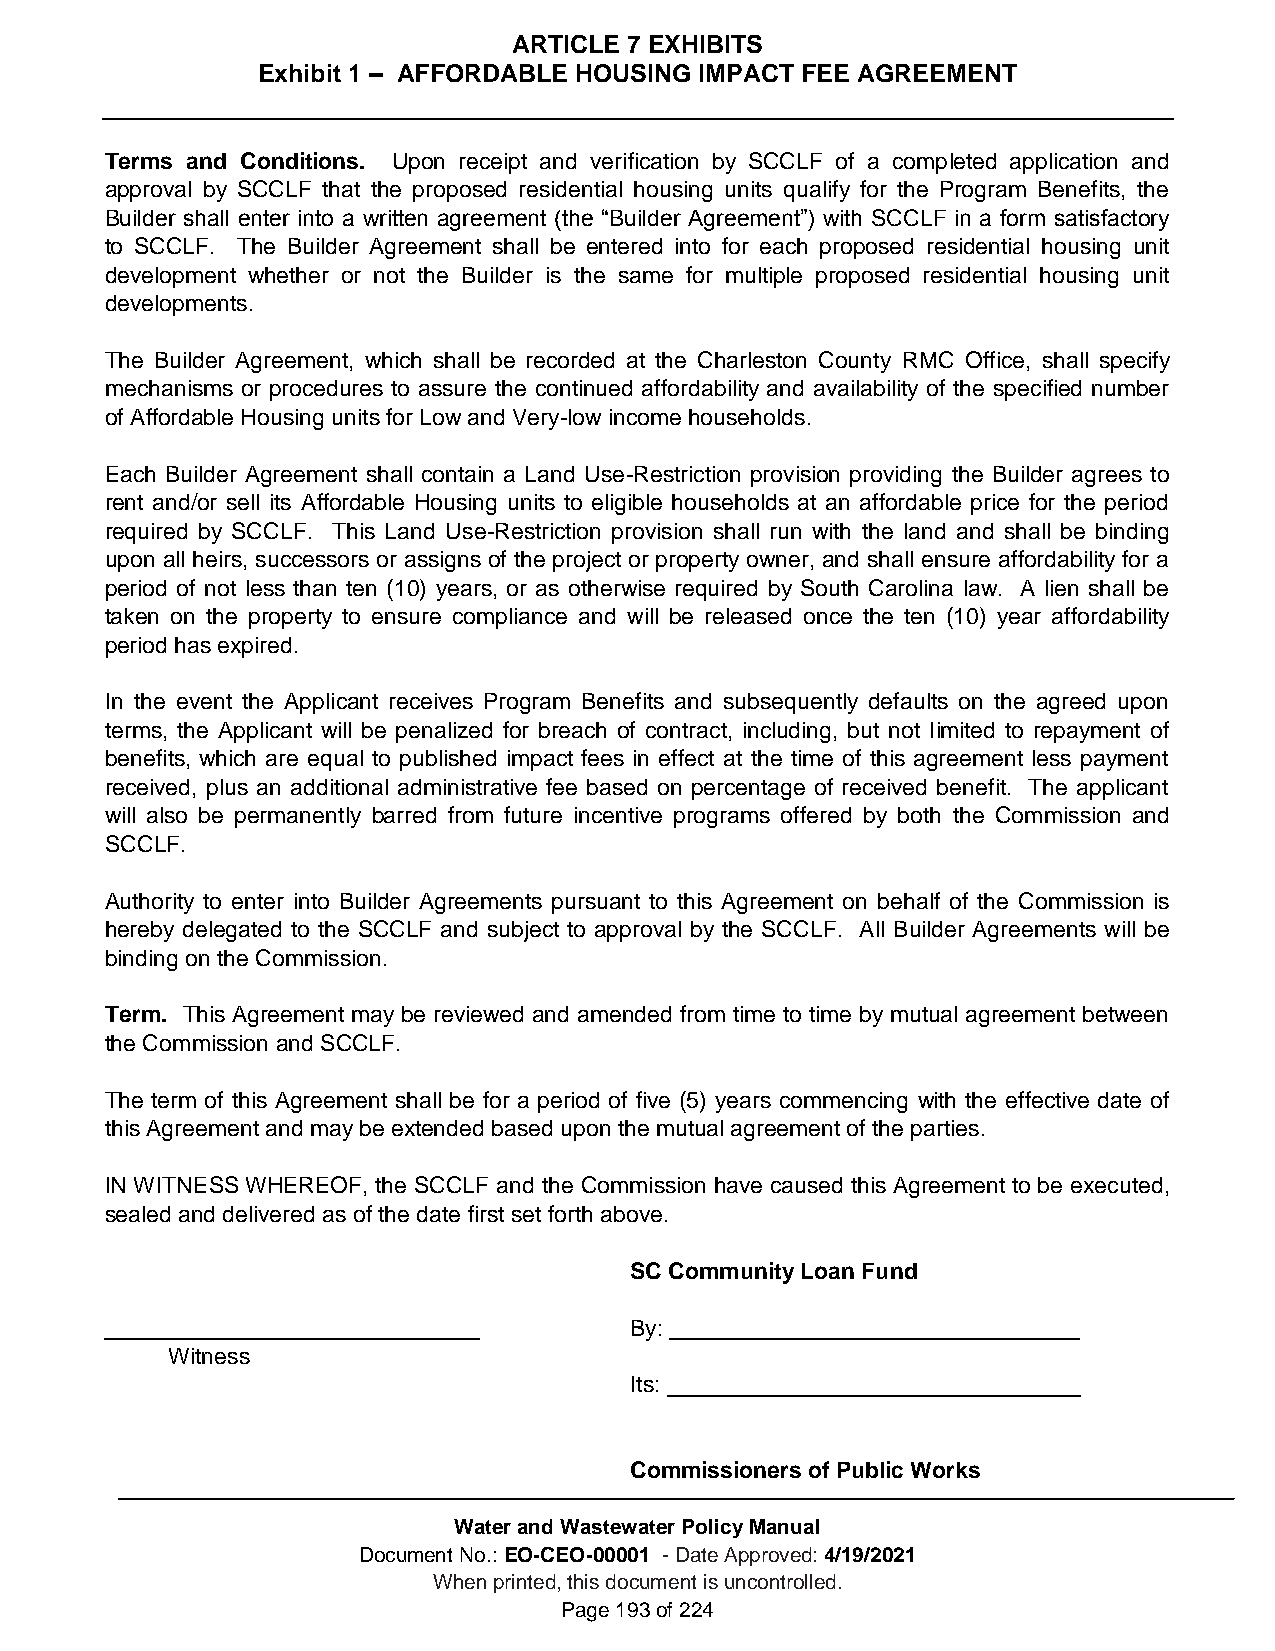
ARTICLE 7 EXHIBITS
 Exhibit 1 – AFFORDABLE HOUSING IMPACT FEE AGREEMENT
 Terms and Conditions. Upon receipt and verification by SCCLF of a completed application and
 approval by SCCLF that the proposed residential housing units qualify for the Program Benefits, the
 Builder shall enter into a written agreement (the “Builder Agreement”) with SCCLF in a form satisfactory
 to SCCLF. The Builder Agreement shall be entered into for each proposed residential housing unit
 development whether or not the Builder is the same for multiple proposed residential housing unit
 developments.
 The Builder Agreement, which shall be recorded at the Charleston County RMC Office, shall specify
 mechanisms or procedures to assure the continued affordability and availability of the specified number
 of Affordable Housing units for Low and Very-low income households.
 Each Builder Agreement shall contain a Land Use-Restriction provision providing the Builder agrees to
 rent and/or sell its Affordable Housing units to eligible households at an affordable price for the period
 required by SCCLF. This Land Use-Restriction provision shall run with the land and shall be binding
 upon all heirs, successors or assigns of the project or property owner, and shall ensure affordability for a
 period of not less than ten (10) years, or as otherwise required by South Carolina law. A lien shall be
 taken on the property to ensure compliance and will be released once the ten (10) year affordability
 period has expired.
 In the event the Applicant receives Program Benefits and subsequently defaults on the agreed upon
 terms, the Applicant will be penalized for breach of contract, including, but not limited to repayment of
 benefits, which are equal to published impact fees in effect at the time of this agreement less payment
 received, plus an additional administrative fee based on percentage of received benefit. The applicant
 will also be permanently barred from future incentive programs offered by both the Commission and
 SCCLF.
 Authority to enter into Builder Agreements pursuant to this Agreement on behalf of the Commission is
 hereby delegated to the SCCLF and subject to approval by the SCCLF. All Builder Agreements will be
 binding on the Commission.
 Term. This Agreement may be reviewed and amended from time to time by mutual agreement between
 the Commission and SCCLF.
 The term of this Agreement shall be for a period of five (5) years commencing with the effective date of
 this Agreement and may be extended based upon the mutual agreement of the parties.
 IN WITNESS WHEREOF, the SCCLF and the Commission have caused this Agreement to be executed,
 sealed and delivered as of the date first set forth above.
 SC Community Loan Fund
 By:
 Witness
 Its:
 Commissioners of Public Works
 Water and Wastewater Policy Manual
 Document No.: EO-CEO-00001 - Date Approved: 4/19/2021
 When printed, this document is uncontrolled.
 Page 193 of 224